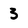
Character: 3